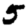
Digit: 5